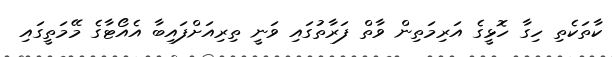
ކާތަކެތި ހިގާ ހޮޅީގެ އަރިމަތިން ވާތް ފަރާތުގައި ވަނީ ތިރިއަށްފައިބާ އެއޯޓާގެ މޭމަތީގައި